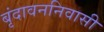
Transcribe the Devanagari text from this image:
बृंदावननिवासी